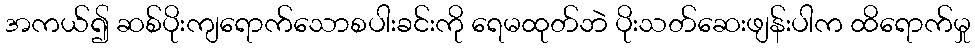
အကယ်၍ ဆစ်ပိုးကျရောက်သောစပါးခင်းကို ရေမထုတ်ဘဲ ပိုးသတ်ဆေးဖျန်းပါက ထိရောက်မှု